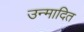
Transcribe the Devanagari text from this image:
उन्मादित